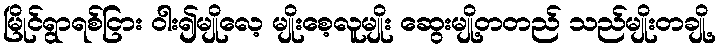
မြိုင်ရွာရစ်ငြား ဝါး၍မျိုလေ့ မျိုးစေ့လူမျိုး ဆွေးမျို့တတည် သည်မျိုးတချို့